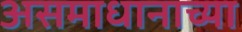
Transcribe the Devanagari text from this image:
असमाधानाच्या